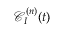
{ \mathcal C } _ { I } ^ { ( n ) } ( t )